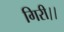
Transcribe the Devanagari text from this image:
गिरी।।